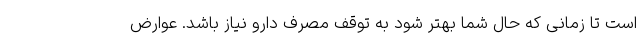
است تا زمانی که حال شما بهتر شود به توقف مصرف دارو نیاز باشد. عوارض